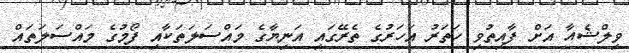
ވިލްޝެއާ އަށް ފާއިތުވި ހަތަރު އަހަރުގެ ތެރޭގައި އަނިޔާގެ މައްސަލަތަކާއި ފޯމުގެ މައްސަލަތައް